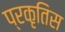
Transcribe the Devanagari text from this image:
प्रकृतिस